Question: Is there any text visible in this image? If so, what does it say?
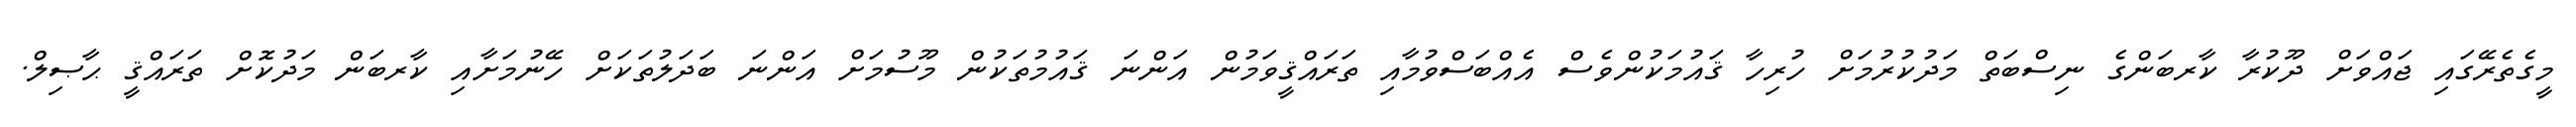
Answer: މީގެތެރޭގައި ޖައްވަށް ދޫކުރާ ކާރބަންގެ ނިސްބަތް މަދުކުރުމަށް ހުރިހާ ޤައުމަކުންވެސް އެއްބަސްވުމާއި ތަރައްޤީވަމުން އަންނަ ޤައުމުތަކުން މޫސުމަށް އަންނަ ބަދަލުތަކަށް ހޭނުމަށާއި ކާރބަން މަދުކޮށް ތަރައްޤީ ޙާޞިލް.